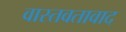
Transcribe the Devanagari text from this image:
वास्तवतावाद